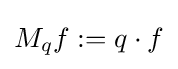
M_{q}f:=q\cdot f